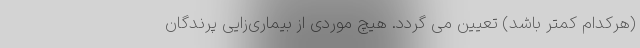
(هرکدام کمتر باشد) تعیین می گردد. هیچ موردی از بیماری‌زایی پرندگان